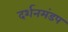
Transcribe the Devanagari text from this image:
दर्शनमंडप